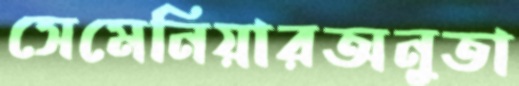
সেমেনিয়ারঅনুতা